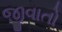
જીવાતો